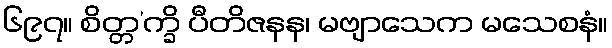
၆၉၇။ စိတ္တ’က္ခိ ပီတိဇနန၊ မဗျာသေက မသေစနံ။